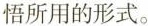
悟所用的形式。